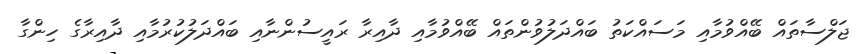
ޖަލްސާތައް ބޭއްވުމާއި މަސައްކަތު ބައްދަލުވުންތައް ބޭއްވުމާއި ދާއިރާ ރައީސުންނާއި ބައްދަލުކުރުމާއި ދާއިރާގެ ހިންގާ